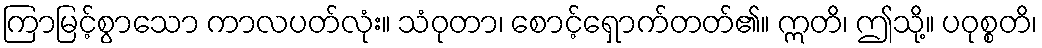
ကြာမြင့်စွာသော ကာလပတ်လုံး။ သံဝုတာ၊ စောင့်ရှောက်တတ်၏။ ဣတိ၊ ဤသို့။ ပဝုစ္စတိ၊